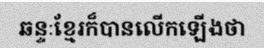
ឆន្ទៈខ្មែរក៏បានលើកឡើងថា